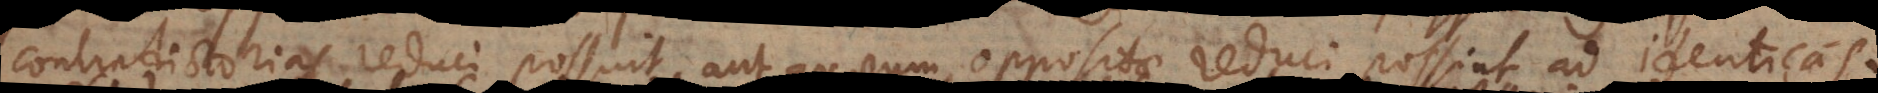
contradictorias reduci possint, aut quarum oppositae reduci possint ad identicas.